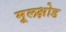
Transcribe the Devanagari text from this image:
मूलक्षोड